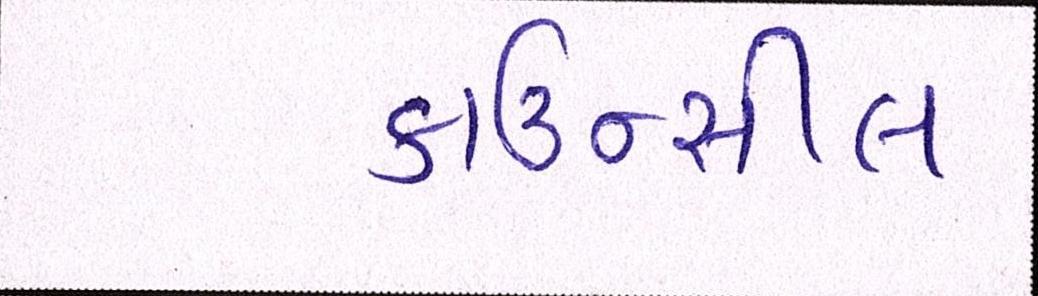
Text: કાઉન્સીલ